Indian journal of veterinary science and animal husbandry - Volumes 26-27, 1956-1957
Year: 1956
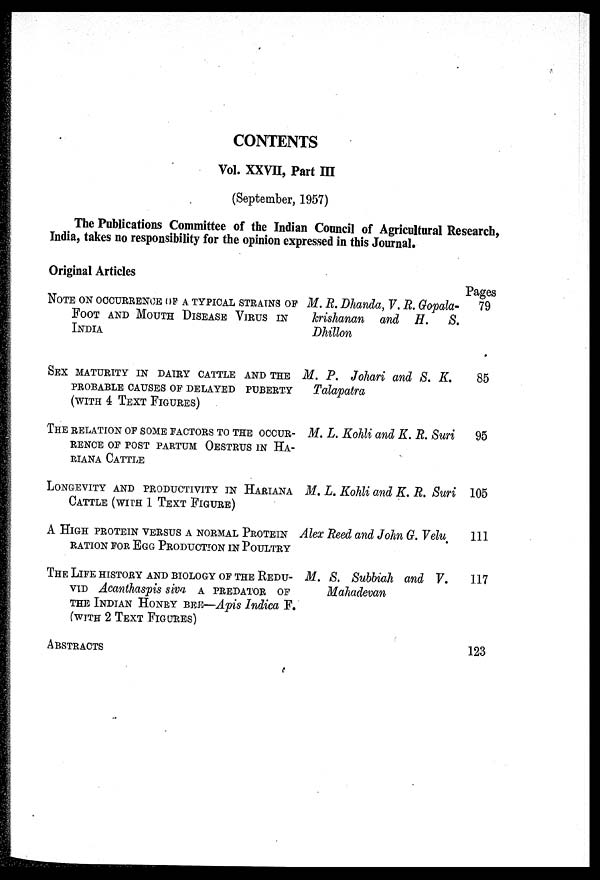
CONTENTS
Vol. XXVII, Part III
(September, 1957)
The Publications Committee of the Indian Council of Agricultural Research,
India, takes no responsibility for the opinion expressed in this Journal.
Original Articles
NOTE ON OCCURRENCE UP A TYPICAL STRAINS OF
FOOT AND MOUTH DISEASE VIRUS IN
INDIA
SEX MATURITY IN DAIRY CATTLE AND THE
PROBABLE CAUSES OF DELAYED PUBERTY
(WITH
4 TEXT FIGURES)
THE RELATION OF SOME FACTORS TO THE OCCUR-
RENCE OF POST PAETUM OESTRUS IN HA-
RIANA CATTLE
LONGEVITY AND PRODUCTIVITY IN HARIANA
CATTLE (WITH 1 TEXT FIGURE)
A HIGH PROTEIN VERSUS A NORMAL PEOTEIN
RATION FOR EGG PRODUCTION IN POULTRY
THE LIFE HISTORY AND BIOLOGY OF THE REDU-
VID
Acanthaspis siva A PREDATOR OF
THE INDIAN HONEY BEE—Apis Indica F.
(WITH
2 TEXT FIGURES)
ABSTRACTS
M. R. Dhanda, V. R. Gopala-
krishanan
and H.
S.
Dhillon
M. P. Johari and S. K.
Talapatra
M. L. Kohli and K. R. Suri
M. L. Kohli and K. R. Suri
Alex Reed and John G. Velu
M. S. Subbiah and V.
Mahadevan
Pages
79
85
95
105
111
117
123